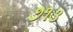
૭૧૩